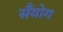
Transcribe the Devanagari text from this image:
सँयोग